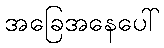
အခြေအနေပေါ်